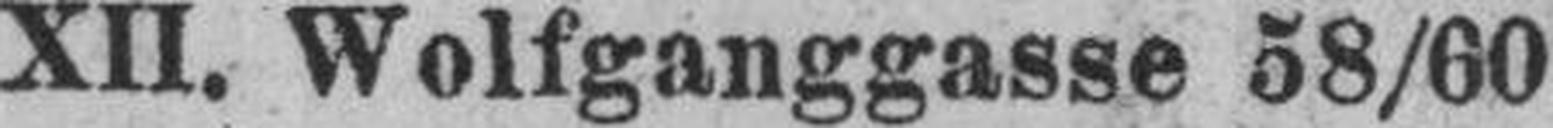
XII. Wolfganggasse 58/60